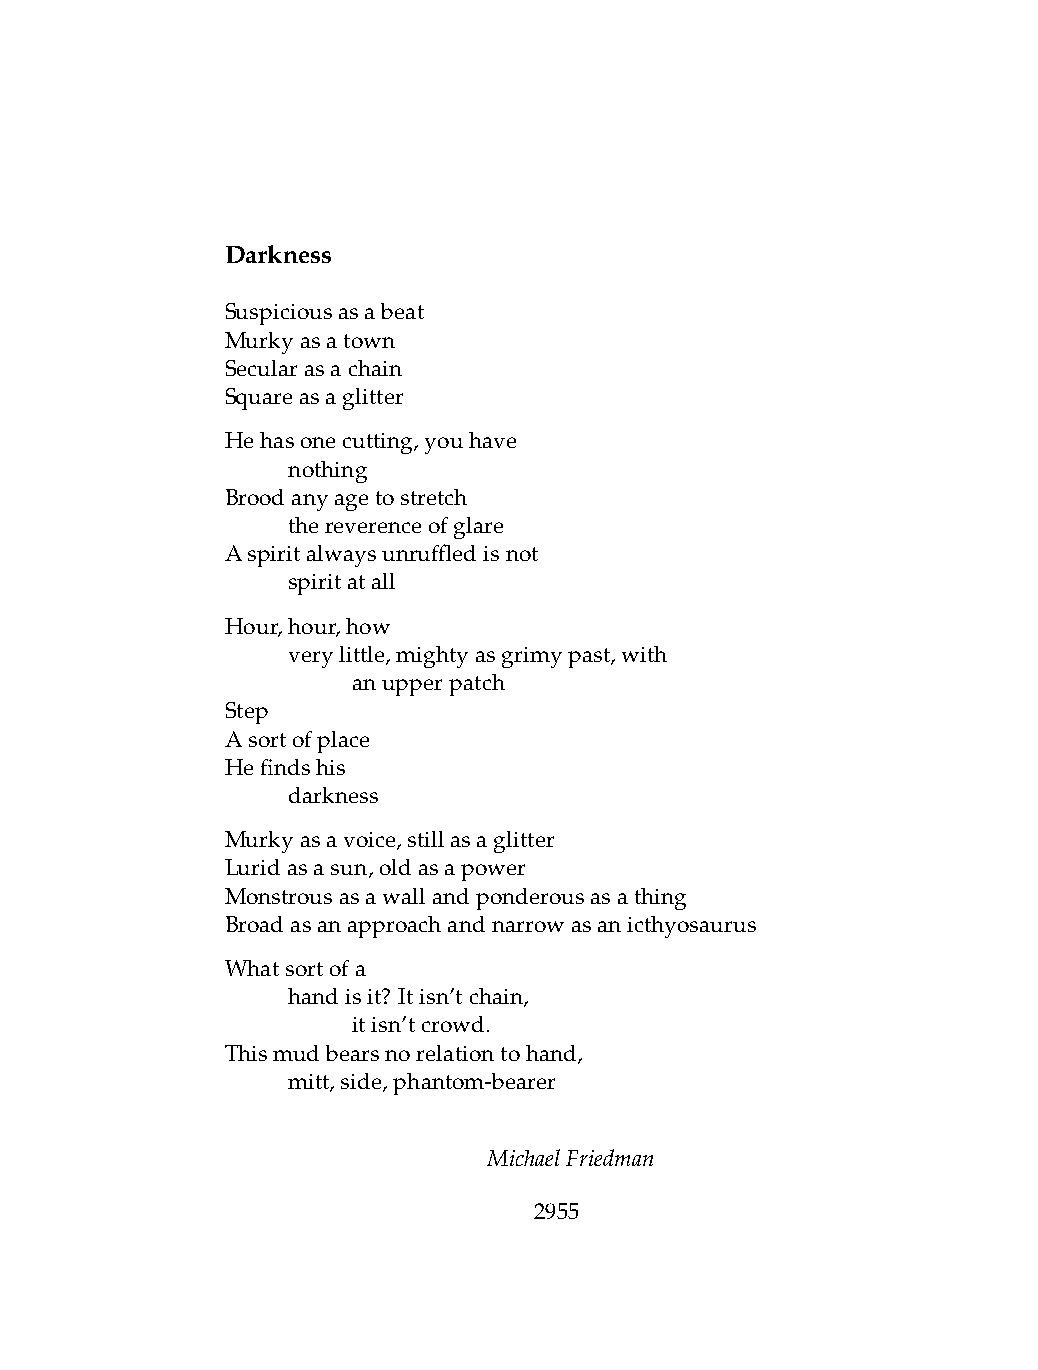
Darkness
 Suspiciousasabeat
 Murkyasatown
 Secularasachain
 Squareasaglitter
 Hehasonecutting,youhave
 .   nothing
 Broodanyagetostretch
 .   thereverenceofglare
 Aspiritalwaysunruffledisnot
 .   spiritatall
 Hour,hour,how
 .   verylittle,mightyasgrimypast,with
 .   .   anupperpatch
 Step
 Asortofplace
 Hefindshis
 .   darkness
 Murkyasavoice,stillasaglitter
 Luridasasun,oldasapower
 Monstrousasawallandponderousasathing
 Broadasanapproachandnarrowasanicthyosaurus
 Whatsortofa
 .   handisit? Itisn’tchain,
 .   .   itisn’tcrowd.
 Thismudbearsnorelationtohand,
 .   mitt,side,phantom-bearer
 MichaelFriedman
 2955